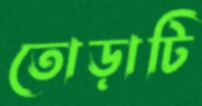
তোড়াটি